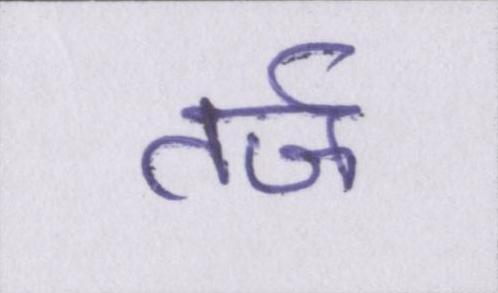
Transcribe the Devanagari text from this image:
तर्ज